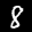
Label: 8